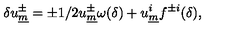
\delta u _ { \underline { { m } } } ^ { \pm } = \pm 1 / 2 u _ { \underline { { m } } } ^ { \pm } \omega ( \delta ) + u _ { \underline { { m } } } ^ { i } f ^ { \pm i } ( \delta ) ,